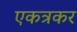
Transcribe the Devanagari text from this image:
एकत्रकर